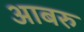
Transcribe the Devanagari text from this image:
आबरु